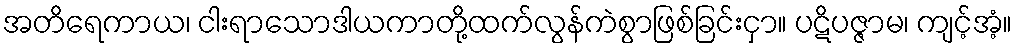
အတိရေကာယ၊ ငါးရာသောဒါယကာတို့ထက်လွန်ကဲစွာဖြစ်ခြင်းငှာ။ ပဋိပဇ္ဇာမ၊ ကျင့်အံ့။